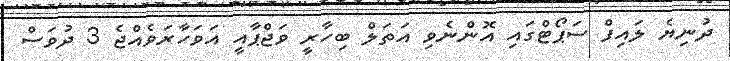
ދުނިޔެ ލައިފް ސަޕޯޓްގައި އޮންނެވި އަތަލް ބިހާރީ ވަޖްޕާއީ އަވަހާރަވެއްޖެ 3 ދުވަސް